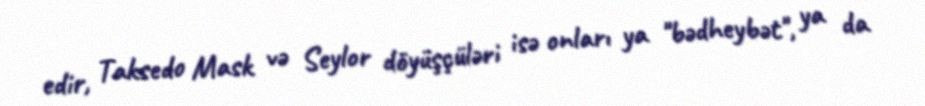
edir, Taksedo Mask və Seylor döyüşçüləri isə onları ya "bədheybət", ya da